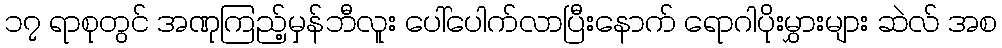
၁၇ ရာစုတွင် အဏုကြည့်မှန်ဘီလူး ပေါ်ပေါက်လာပြီးနောက် ရောဂါပိုးမွှားများ ဆဲလ် အစ